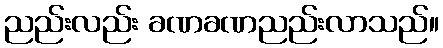
ညည်းလည်း ခဏခဏညည်းလာသည်။